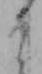
そ